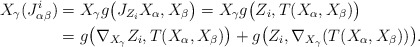
\begin{align*}X_{\gamma}(J_{\alpha \beta}^i)&= X_{\gamma} g\big{(} J_{Z_i}X_{\alpha}, X_{\beta} \big{)} = X_{\gamma} g\big{(} Z_i, T(X_{\alpha}, X_{\beta}) \big{)}\\&= g \big{(} \nabla_{X_{\gamma}}Z_i, T(X_{\alpha}, X_{\beta}) \big{)}+ g\big{(} Z_i, \nabla_{X_{\gamma}}(T(X_{\alpha}, X_{\beta})) \big{)}. \end{align*}